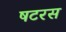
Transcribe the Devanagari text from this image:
षटरस